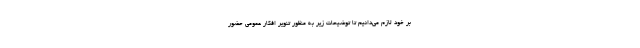
بر خود لازم می‌دانیم تا توضیحات زیر به منظور تنویر افکار عمومی حضور